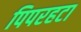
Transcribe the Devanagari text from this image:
पिपरहटा